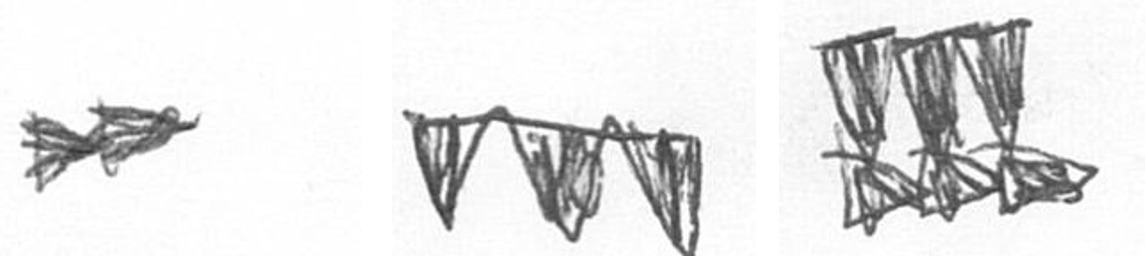
A L D